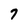
Character: 7